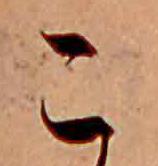
こ